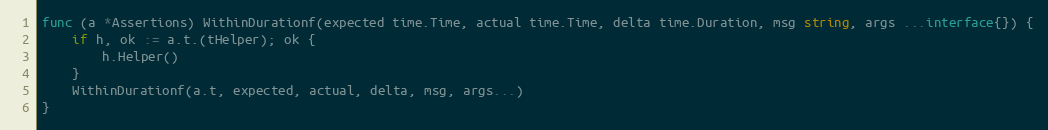
Language: Go
func (a *Assertions) WithinDurationf(expected time.Time, actual time.Time, delta time.Duration, msg string, args ...interface{}) {
	if h, ok := a.t.(tHelper); ok {
		h.Helper()
	}
	WithinDurationf(a.t, expected, actual, delta, msg, args...)
}